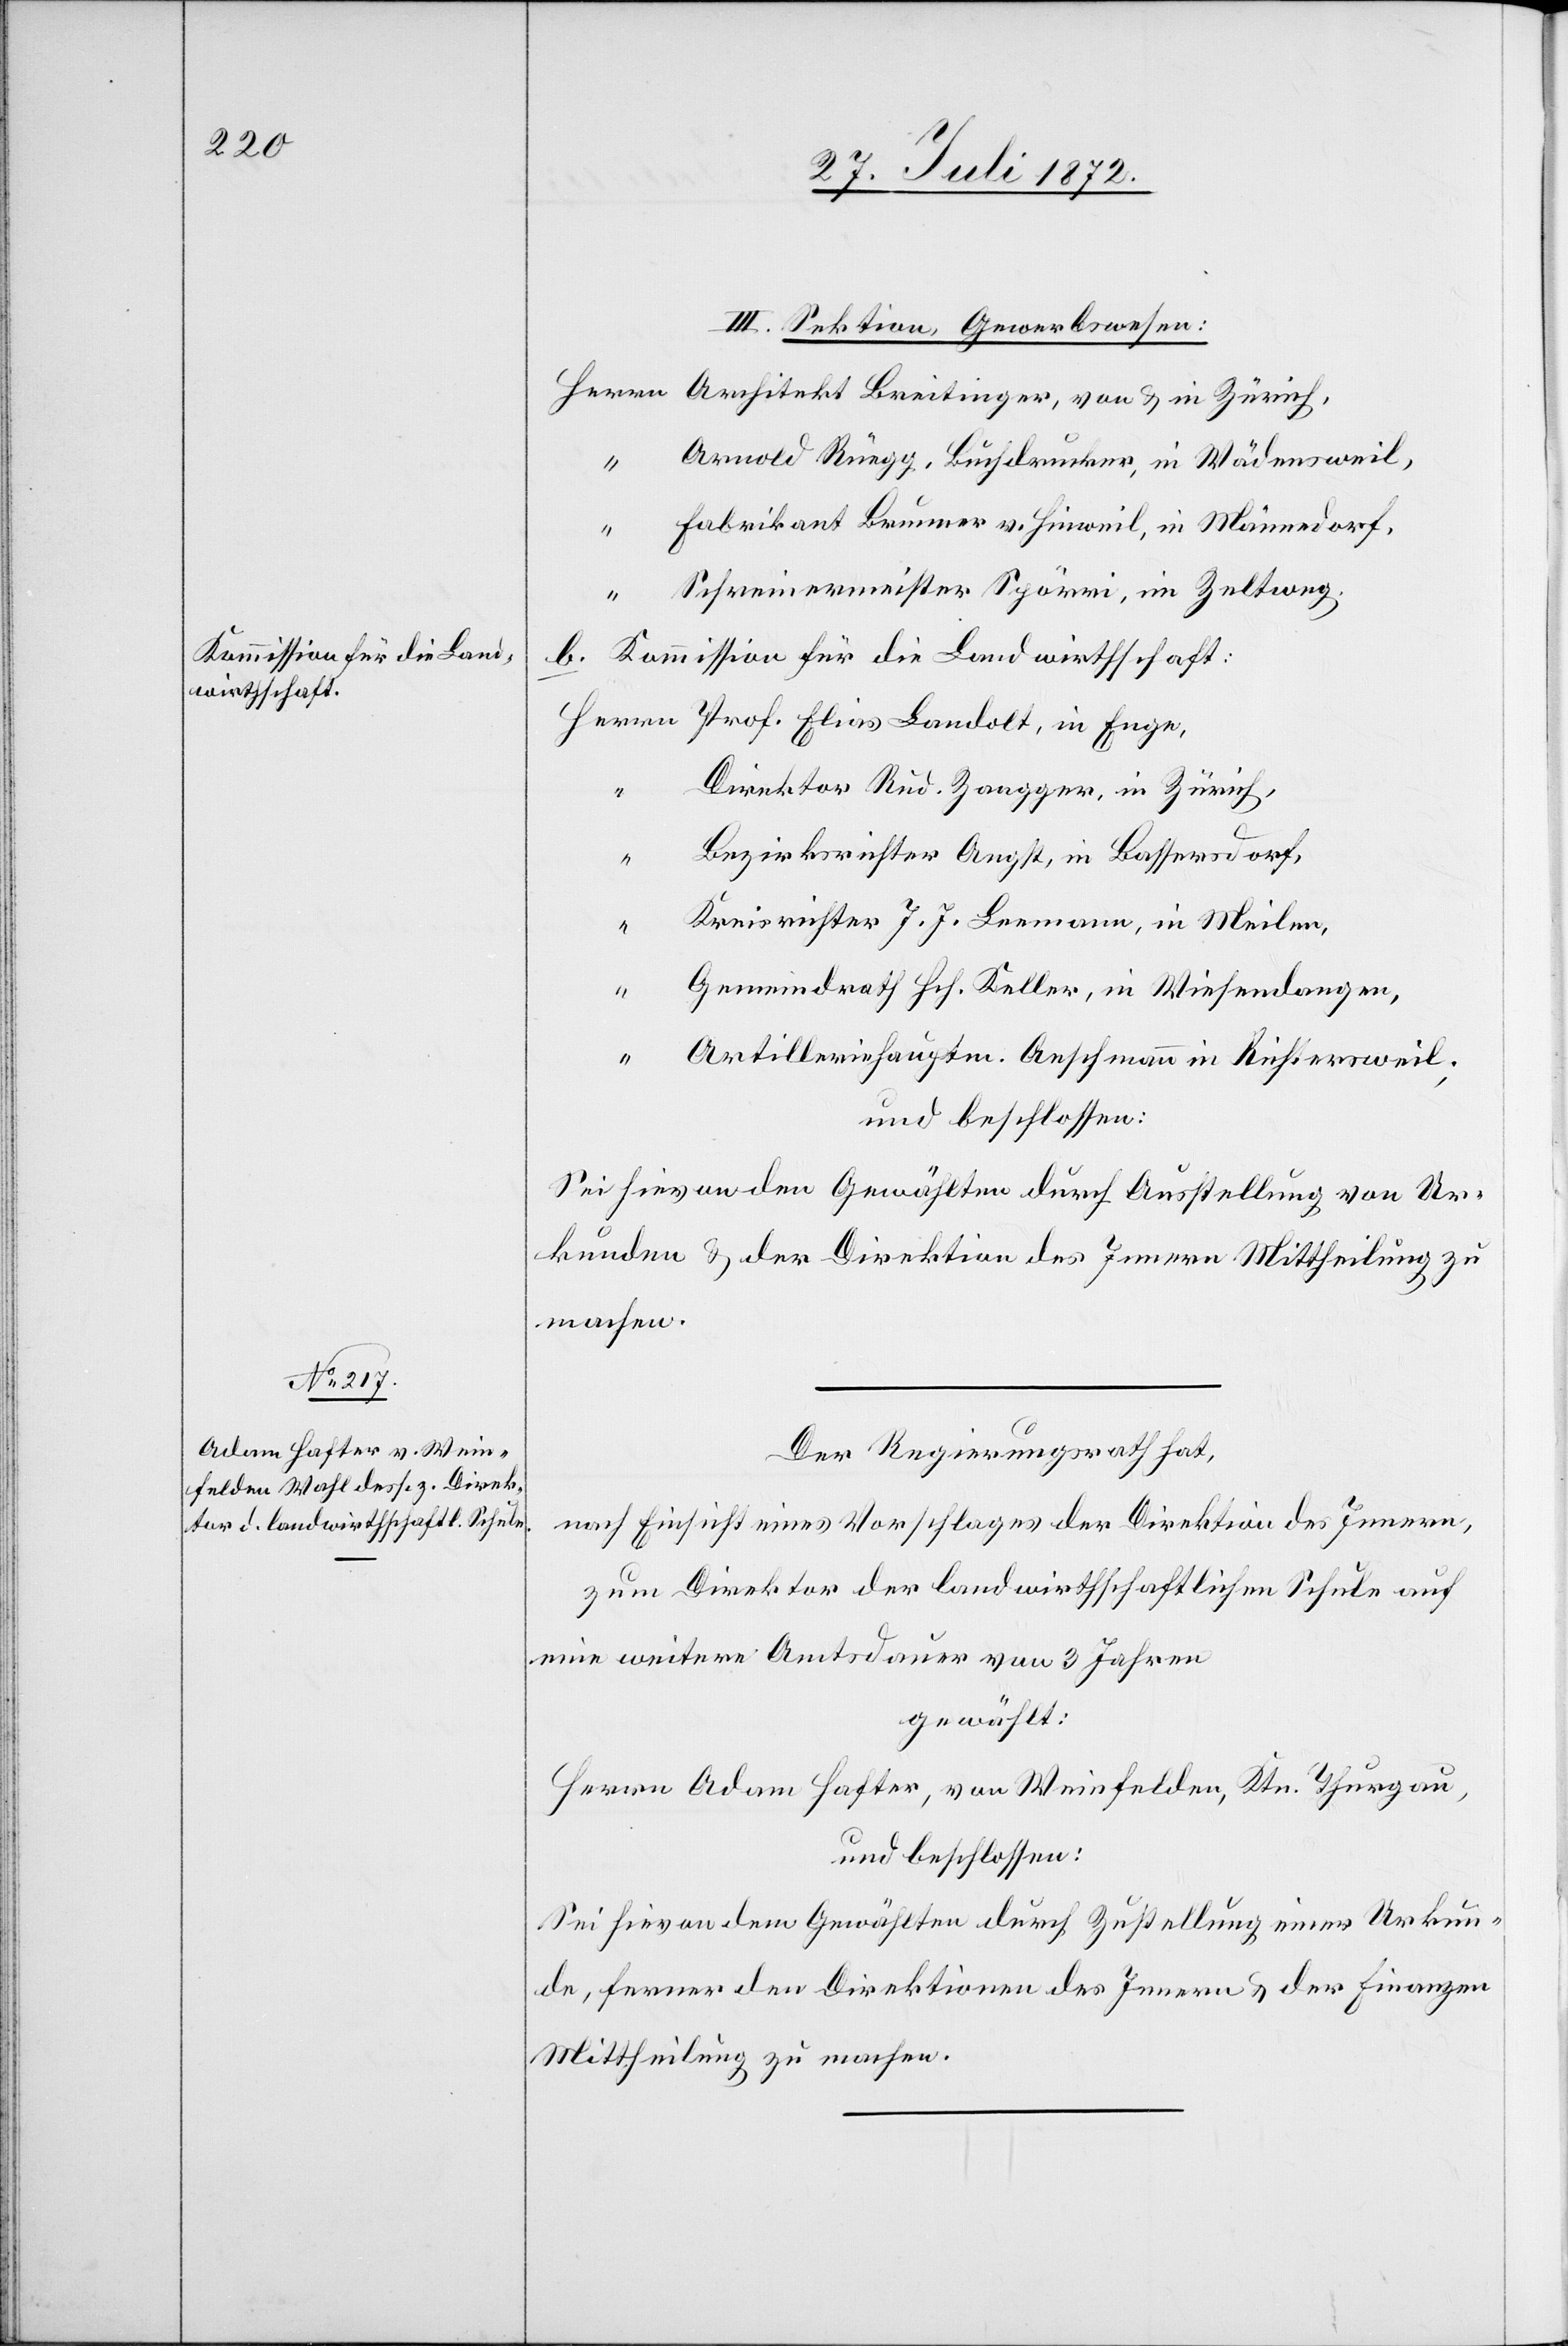
III. Sektion, Gewerbswesen:
Arnold Rüegg, Buchdrucker, in Wädensweil,
Fabrikant Brunner v. Hinweil, in Männedorf,
“
Schreinermeister Spörri, im Zeltweg.
b. Kommission für die Landwirthschaft:
Prof. Elias Landolt, in Enge,
Direktor Rud. Zangger, in Zürich,
Bezirksrichter Angst, in Bassersdorf,
Kreisrichter J. J. Leemann, in Meilen,
Gemeindrath Hch. Keller, in Wiesendangen,
u.
Artilleriehauptm. Aeschmann in Richtersweil;
und beschlossen:
Sei hievon den Gewählten durch Ausstellung von Ur¬
kunden u. der Direktion des Innern Mittheilung zu
machen.
Der Regierungsrath hat,
nach Einsicht eines Vorschlages der Direktion des Innern,
zum Direktor der landwirthschaftlichen Schule auf
eine weitere Amtsdauer von 3 Jahren
gewählt:
Herrn Adam Hafter, von Weinfelden, Ktn. Thurgau,
und beschlossen:
Sei hievon dem Gewählten durch Zustellung einer Urkun¬
de, ferner den Direktionen des Innern u. der Finanzen
Mittheilung zu machen.